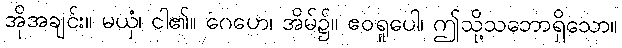
အိုအချင်း။ မယှံ၊ ငါ၏။ ဂေဟေ၊ အိမ်၌။ ဧဝရူပေါ၊ ဤသို့သဘောရှိသော။